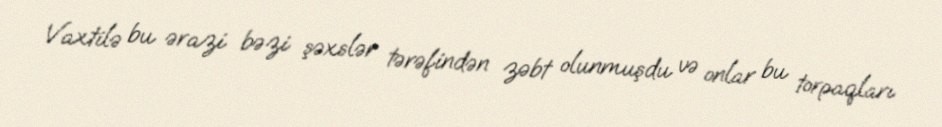
Vaxtilə bu ərazi bəzi şəxslər tərəfindən zəbt olunmuşdu və onlar bu torpaqları